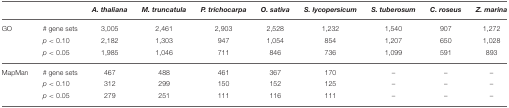
|  |  | A. thaliana | M. truncatula | P. trichocarpa | O. sativa | S. lycopersicum | S. tuberosum | C. roseus | Z. marina |
 | --- | --- | --- | --- | --- | --- | --- | --- | --- | --- |
 | GO | # gene sets | 3,005 | 2,461 | 2,903 | 2,528 | 1,232 | 1,540 | 907 | 1,272 |
 |  | p < 0.10 | 2,182 | 1,303 | 947 | 1,054 | 854 | 1,207 | 650 | 1,028 |
 |  | p < 0.05 | 1,985 | 1,046 | 711 | 846 | 736 | 1,099 | 591 | 893 |
 | MapMan | # gene sets | 467 | 488 | 461 | 367 | 170 | – | – | – |
 |  | p < 0.10 | 312 | 299 | 150 | 152 | 125 | – | – | – |
 |  | p < 0.05 | 279 | 251 | 111 | 116 | 111 | – | – | – |